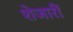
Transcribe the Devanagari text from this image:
शेजारीं